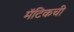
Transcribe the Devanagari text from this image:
मॅटिकची